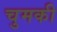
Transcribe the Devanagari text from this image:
चुमकी